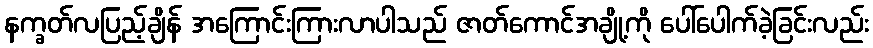
နက္ခတ်လပြည့်ချိန် အကြောင်းကြားလာပါသည် ဇာတ်ကောင်အချို့ကို ပေါ်ပေါက်ခဲ့ခြင်းလည်း